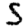
Digit: 5